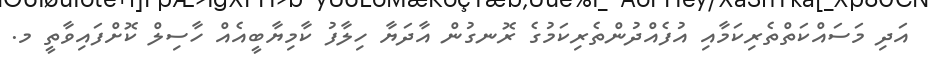
އަދި މަސައްކަތްތެރިކަމާއި އުފެއްދުންތެރިކަމުގެ ރޮނގުން އާދަޔާ ހިލާފު ކާމިޔާބީއެއް ހާސިލް ކޮށްފައިވާތީ މ.